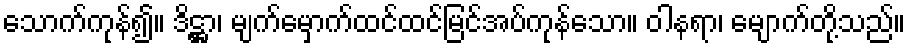
သောက်ကုန်၍။ ဒိဋ္ဌာ၊ မျက်မှောက်ထင်ထင်မြင်အပ်ကုန်သော။ ဝါနရာ၊ မျောက်တို့သည်။